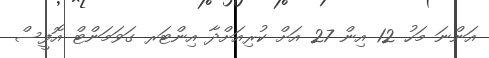
އަންނަ މަހު 12 އިން 27 އަށް ކުރިއަށްދާ އިންޓަރ ގަވަމަންޓް އޮފީސް